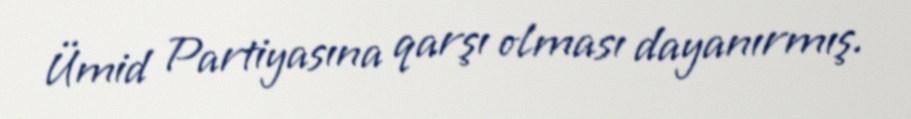
Ümid Partiyasına qarşı olması dayanırmış.